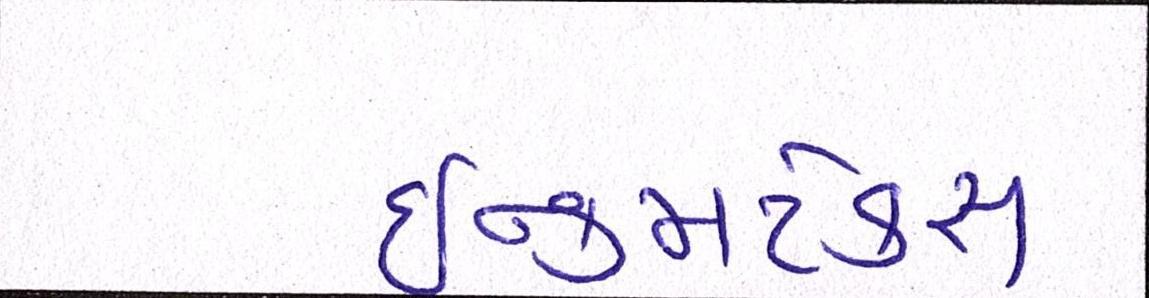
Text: ઈન્કમટેક્સ